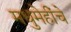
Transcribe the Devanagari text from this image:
मधुमेहींचे